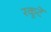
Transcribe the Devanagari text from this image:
रकूटें